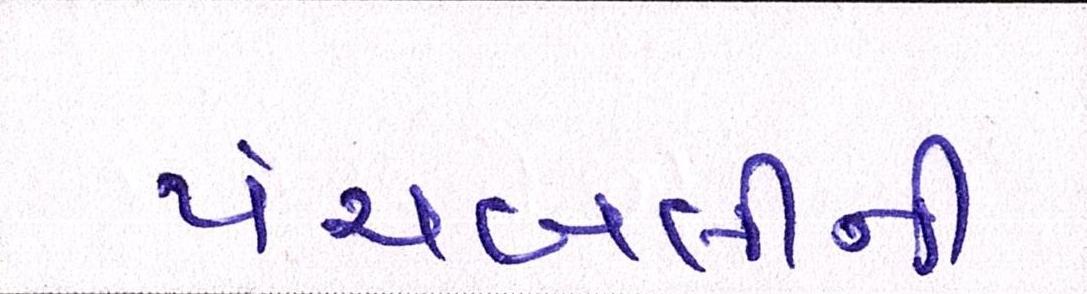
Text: પંચબલીની